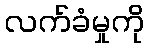
လက်ခံမှုကို